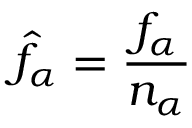
\hat { f } _ { \alpha } = \frac { f _ { \alpha } } { n _ { \alpha } }